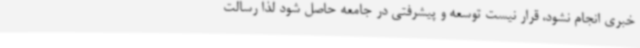
خبری انجام نشود، قرار نیست توسعه و پیشرفتی در جامعه حاصل شود لذا رسالت